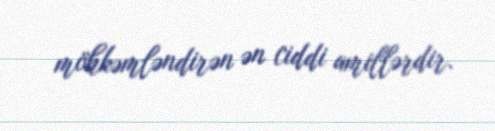
möhkəmləndirən ən ciddi amillərdir.